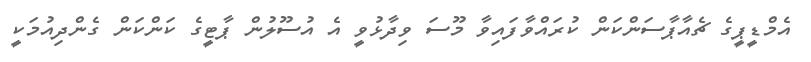
އެމްޑީޕީގެ ޗެއާޕާސަންކަން ކުރައްވާފައިވާ މޫސަ ވިދާޅުވީ އެ އުސޫލުން ޕާޓީގެ ކަންކަން ގެންދިއުމަކީ